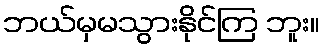
ဘယ်မှမသွားနိုင်ကြ ဘူး။